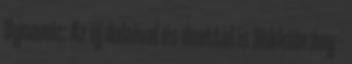
Dynamic: Az új dalaival és duettel is Bükkábrány –